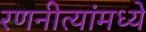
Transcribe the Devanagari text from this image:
रणनीत्यांमध्ये